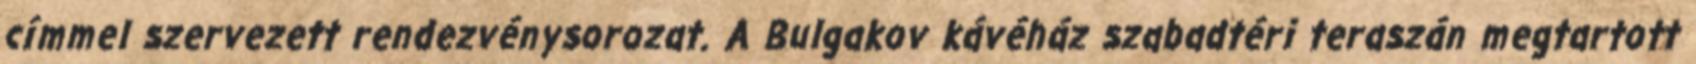
címmel szervezett rendezvénysorozat. A Bulgakov kávéház szabadtéri teraszán megtartott